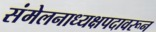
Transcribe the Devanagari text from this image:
संमेलनाध्यक्षपदावरून